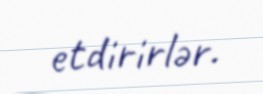
etdirirlər.